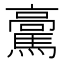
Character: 𩥊